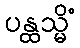
ပန္ထသ္မိံ